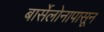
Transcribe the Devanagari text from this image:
बार्सेलोनापासून